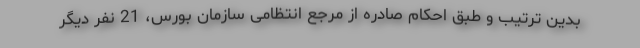
بدین ترتیب و طبق احکام صادره از مرجع انتظامی سازمان بورس، 21 نفر دیگر